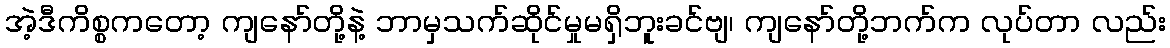
အဲ့ဒီကိစ္စကတော့ ကျနော်တို့နဲ့ ဘာမှသက်ဆိုင်မှုမရှိဘူးခင်ဗျ၊ ကျနော်တို့ဘက်က လုပ်တာ လည်း